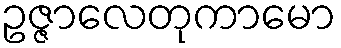
ဥဇ္ဇာလေတုကာမော